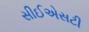
સીઈએસટી